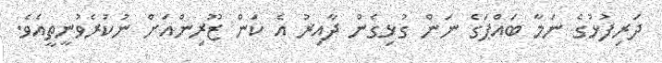
ދަރިފުޅުގެ ނަމާ ބައްޕަގެ ނަން ގުޅިގެން ދާއިރު އެ ކަން ޒޫރިންއަށް ނުކުރެވުނީތީއެވެ.